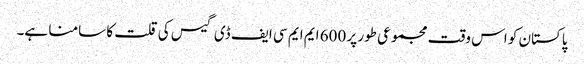
پاکستان کو اس وقت مجموعی طور پر 600 ایم ایم سی ایف ڈی گیس کی قلت کا سامنا ہے۔